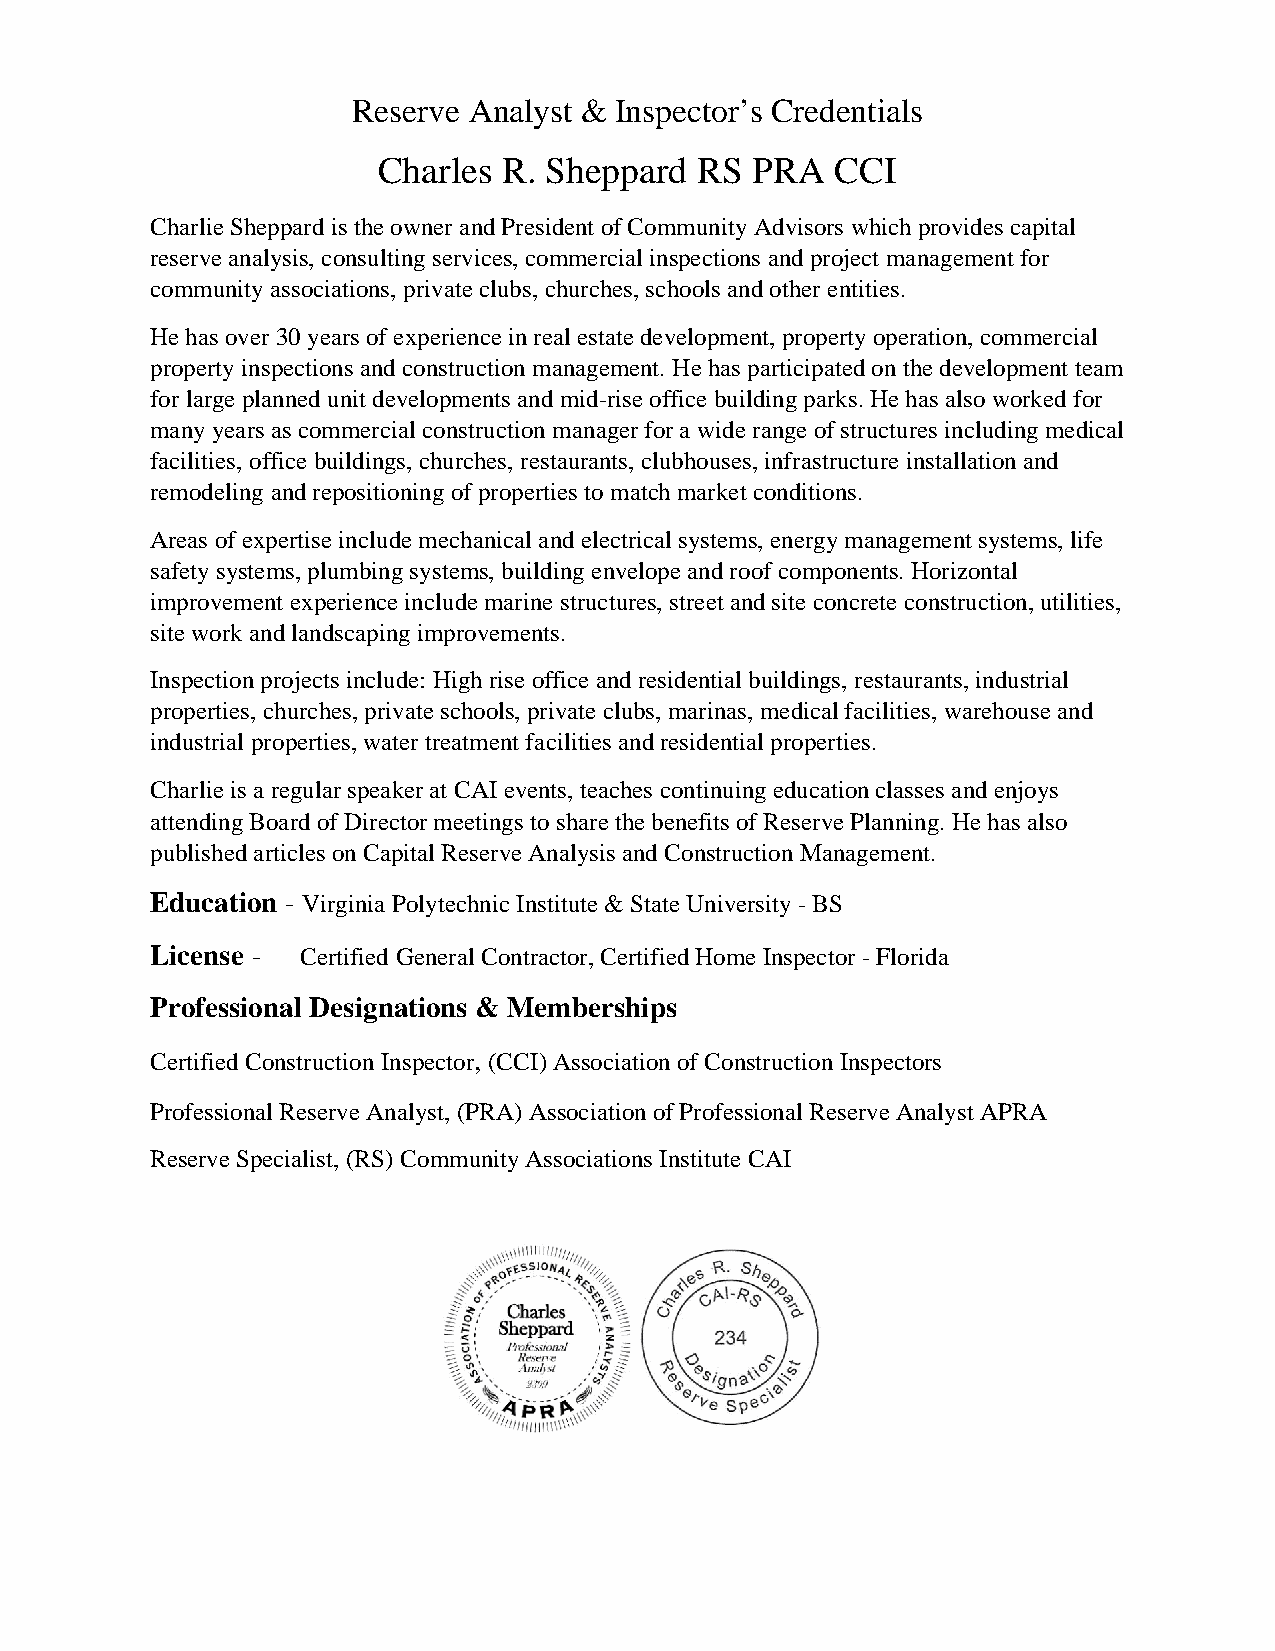
Reserve Analyst & Inspector’s Credentials
 Charles R. Sheppard  RS  PRA  CCI
 Charlie Sheppard is the owner and President of Community Advisors which provides capital
 reserve analysis, consulting services, commercial inspections and project management for
 community associations, private clubs, churches, schools and other entities.
 He has over 30 years of experience in real estate development, property operation, commercial
 property inspections and construction management. He has participated on the development team
 for large planned unit developments and mid-rise office building parks. He has also worked for
 many years as commercial construction manager for a wide range of structures including medical
 facilities, office buildings, churches, restaurants, clubhouses, infrastructure installation and
 remodeling and repositioning of properties to match market conditions.
 Areas of expertise include mechanical and electrical systems, energy management systems, life
 safety systems, plumbing systems, building envelope and roof components. Horizontal
 improvement experience include marine structures, street and site concrete construction, utilities,
 site work and landscaping improvements.
 Inspection projects include: High rise office and residential buildings, restaurants, industrial
 properties, churches, private schools, private clubs, marinas, medical facilities, warehouse and
 industrial properties, water treatment facilities and residential properties.
 Charlie is a regular speaker at CAI events, teaches continuing education classes and enjoys
 attending Board of Director meetings to share the benefits of Reserve Planning. He has also
 published articles on Capital Reserve Analysis and Construction Management.
 Education - Virginia Polytechnic Institute & State University - BS
 License - Certified General Contractor, Certified Home Inspector - Florida
 Professional Designations & Memberships
 Certified Construction Inspector, (CCI) Association of Construction Inspectors
 Professional Reserve Analyst, (PRA) Association of Professional Reserve Analyst APRA
 Reserve Specialist, (RS) Community Associations Institute CAI